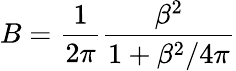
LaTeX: B=\frac{1}{2\pi}\frac{\beta^{2}}{1+\beta^{2}/4\pi}